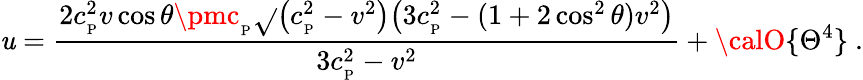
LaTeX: \mathit{u}={\frac{{2c_{_\mathrm{{P}}}^{2}v\cos\theta\pmc_{_\mathrm{{P}}}\sqrt{}{{\big(c_{_\mathrm{{P}}}^{2}-v^{2}\big)\big(3c_{_\mathrm{{P}}}^{2}-(1+2\cos^{2}\theta)v^{2}\big)}}}}{{3c_{_\mathrm{{P}}}^{2}-v^{2}}}}+{\calO}\{ \Theta^{4}\} \ .